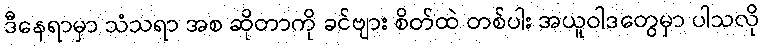
ဒီနေရာမှာ သံသရာ အစ ဆိုတာကို ခင်ဗျား စိတ်ထဲ တစ်ပါး အယူဝါဒတွေမှာ ပါသလို